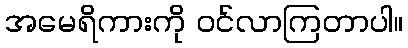
အမေရိကားကို ဝင်လာကြတာပါ။